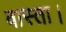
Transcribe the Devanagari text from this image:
वास्ता।